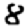
Digit: 8